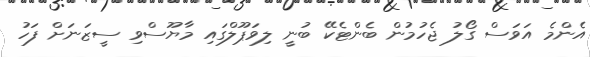
އެންމެ އަވަސް ގޯލު ޖެހުމުން ބެންޓެކޭ ބުނީ ލިވަޕޫލްގައި މާޔޫސްވި ސީޒަނަށް ފަހު